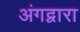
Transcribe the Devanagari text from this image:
अंगद्वारा